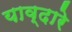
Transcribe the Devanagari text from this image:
याव्दारे